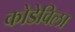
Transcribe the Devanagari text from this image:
कोडेविला